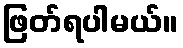
ဖြတ်ရပါမယ်။